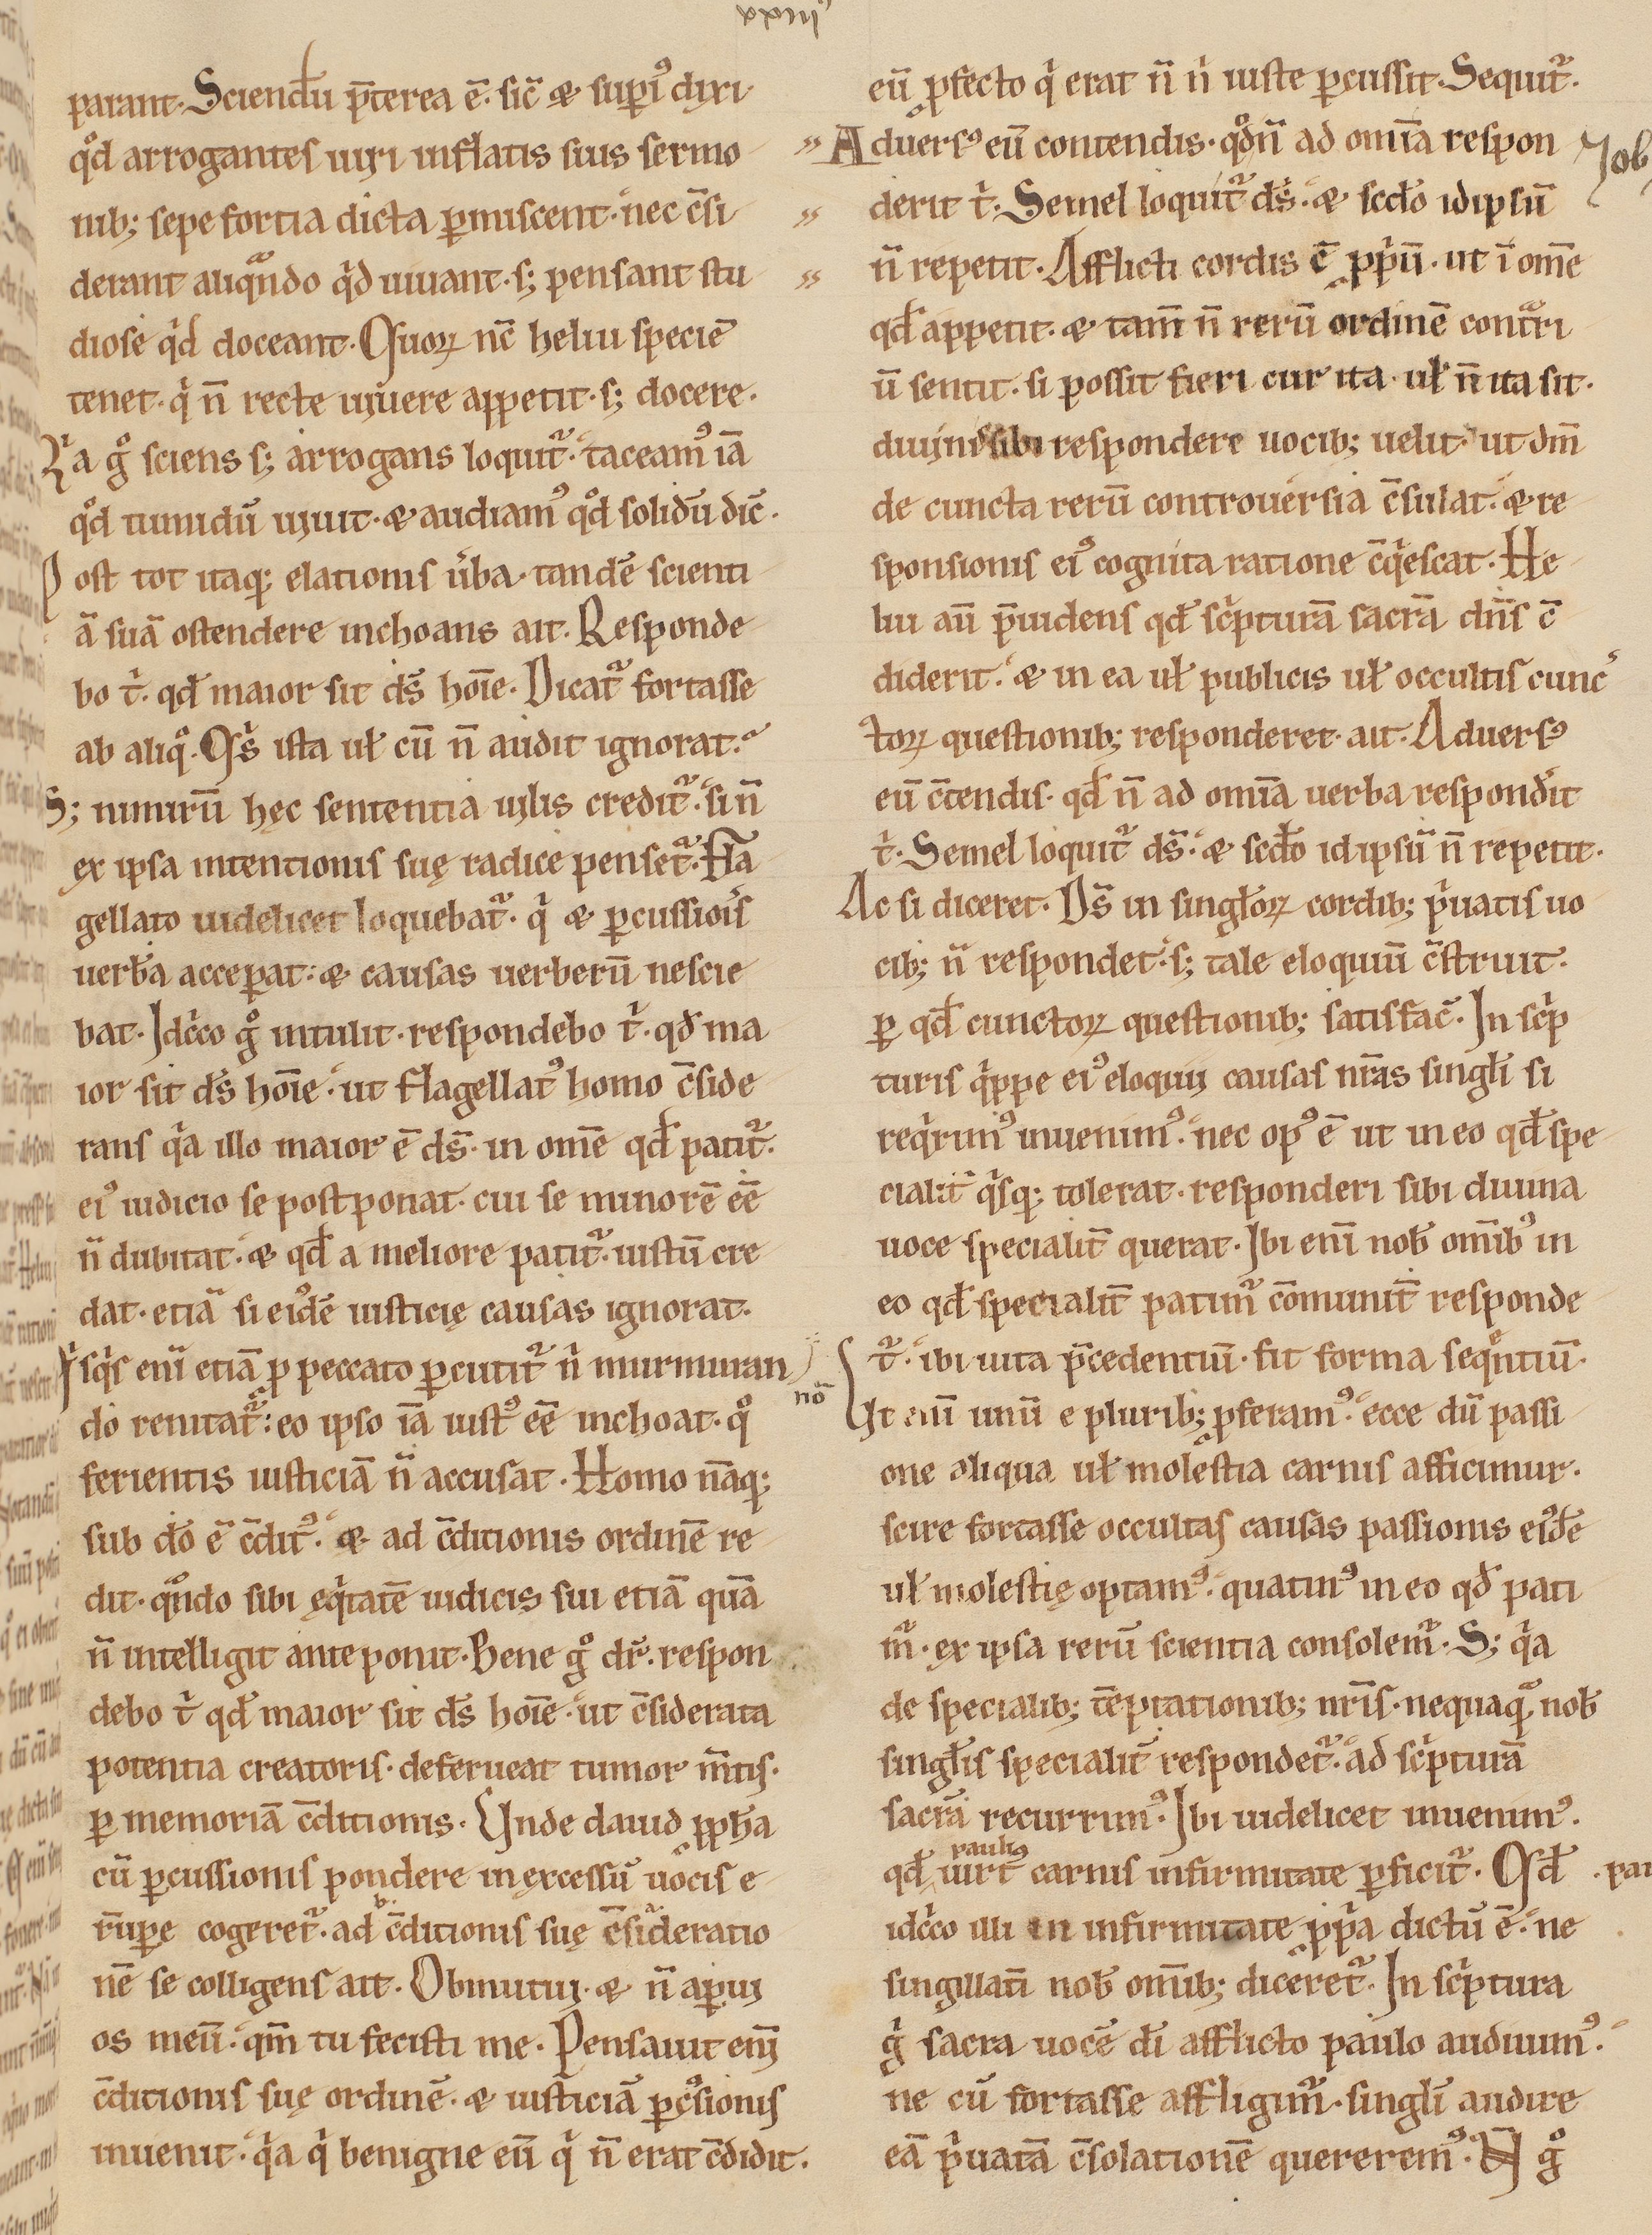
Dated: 1170–1199